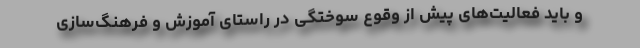
و باید فعالیت‌های پیش از وقوع سوختگی در راستای آموزش و فرهنگ‌سازی